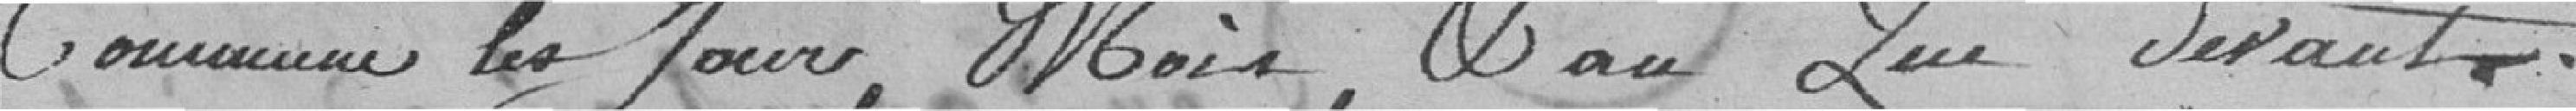
Commune les jours, mois, an que devant.